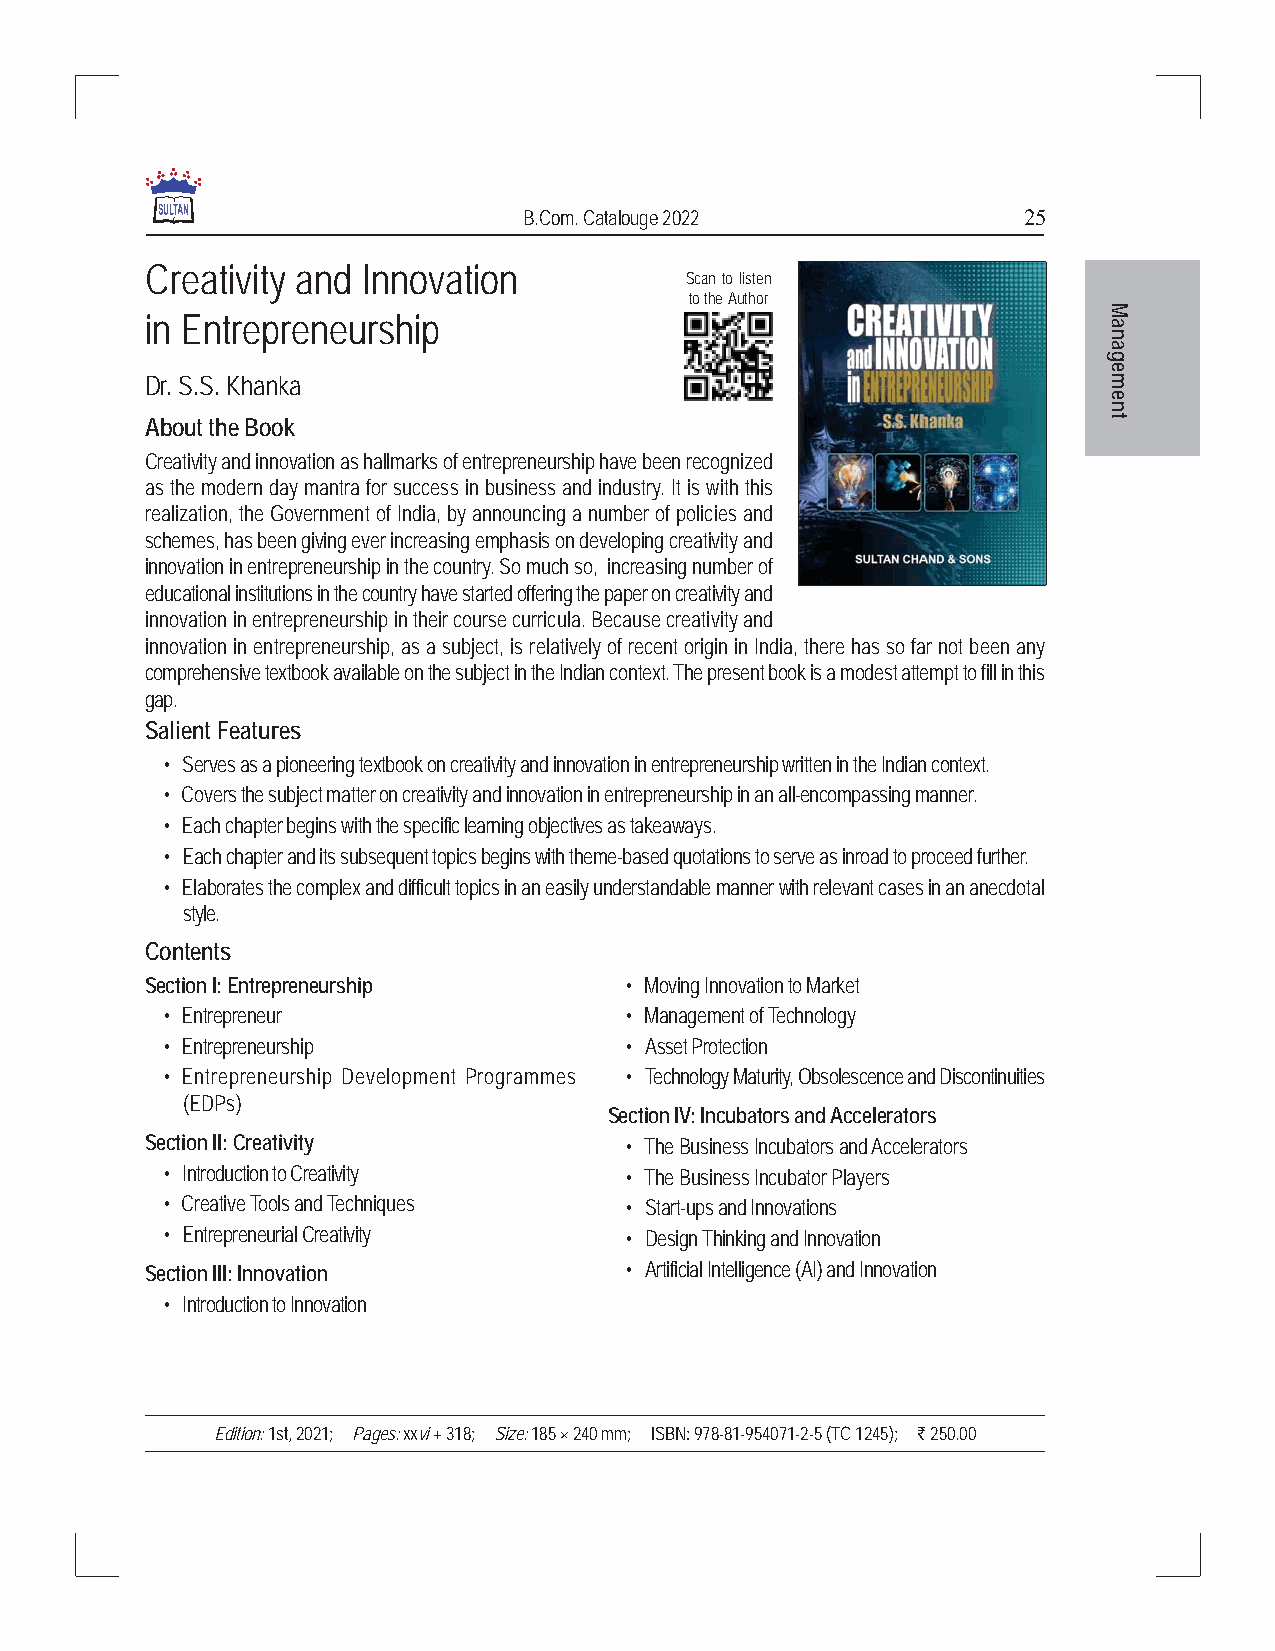
B.Com. Catalouge 2022            25
 Creativity and Innovation
 Scan to listen
 to the Author
 M
 in Entrepreneurship
 a
 n
 a
 g
 e
 Dr. S.S. Khanka                                                m
 e
 n
 About the Book                                                 t
 Creativity and innovation as hallmarks of entrepreneurship have been recognized
 as the modern day mantra for success in business and industry. It is with this
 realization, the Government of India, by announcing a number of policies and
 schemes, has been giving ever increasing emphasis on developing creativity and
 innovation in entrepreneurship in the country. So much so, increasing number of
 educational institutions in the country have started offering the paper on creativity and
 innovation in entrepreneurship in their course curricula. Because creativity and
 innovation in entrepreneurship, as a subject, is relatively of recent origin in India, there has so far not been any
 comprehensive textbook available on the subject in the Indian context. The present book is a modest attempt to fill in this
 gap.
 Salient Features
 • Serves as a pioneering textbook on creativity and innovation in entrepreneurship written in the Indian context.
 • Covers the subject matter on creativity and innovation in entrepreneurship in an all-encompassing manner.
 • Each chapter begins with the specific learning objectives as takeaways.
 • Each chapter and its subsequent topics begins with theme-based quotations to serve as inroad to proceed further.
 • Elaborates the complex and difficult topics in an easily understandable manner with relevant cases in an anecdotal
 style.
 Contents
 Section I: Entrepreneurship    • Moving Innovation to Market
 • Entrepreneur                • Management of Technology
 • Entrepreneurship            • Asset Protection
 • Entrepreneurship Development Programmes • Technology Maturity, Obsolescence and Discontinuities
 (EDPs)
 Section IV: Incubators and Accelerators
 Section II: Creativity         • The Business Incubators and Accelerators
 • Introduction to Creativity  • The Business Incubator Players
 • Creative Tools and Techniques • Start-ups and Innovations
 • Entrepreneurial Creativity  • Design Thinking and Innovation
 Section III: Innovation        • Artificial Intelligence (AI) and Innovation
 • Introduction to Innovation
 Edition: 1st, 2021; Pages: xxvi + 318; Size: 185 × 240 mm; ISBN: 978-81-954071-2-5 (TC 1245); ` 250.00